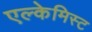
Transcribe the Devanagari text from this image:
एल्केमिस्ट